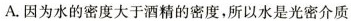
A.因为水的密度大于酒精的密度，所以水是光密介质